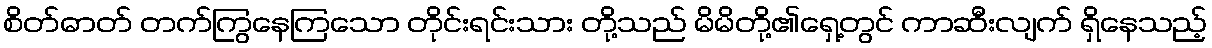
စိတ်ဓာတ် တက်ကြွနေကြသော တိုင်းရင်းသား တို့သည် မိမိတို့၏ရှေ့တွင် ကာဆီးလျက် ရှိနေသည့်